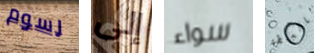
رسوم إلى سواء بالسلطة